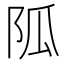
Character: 𨸯